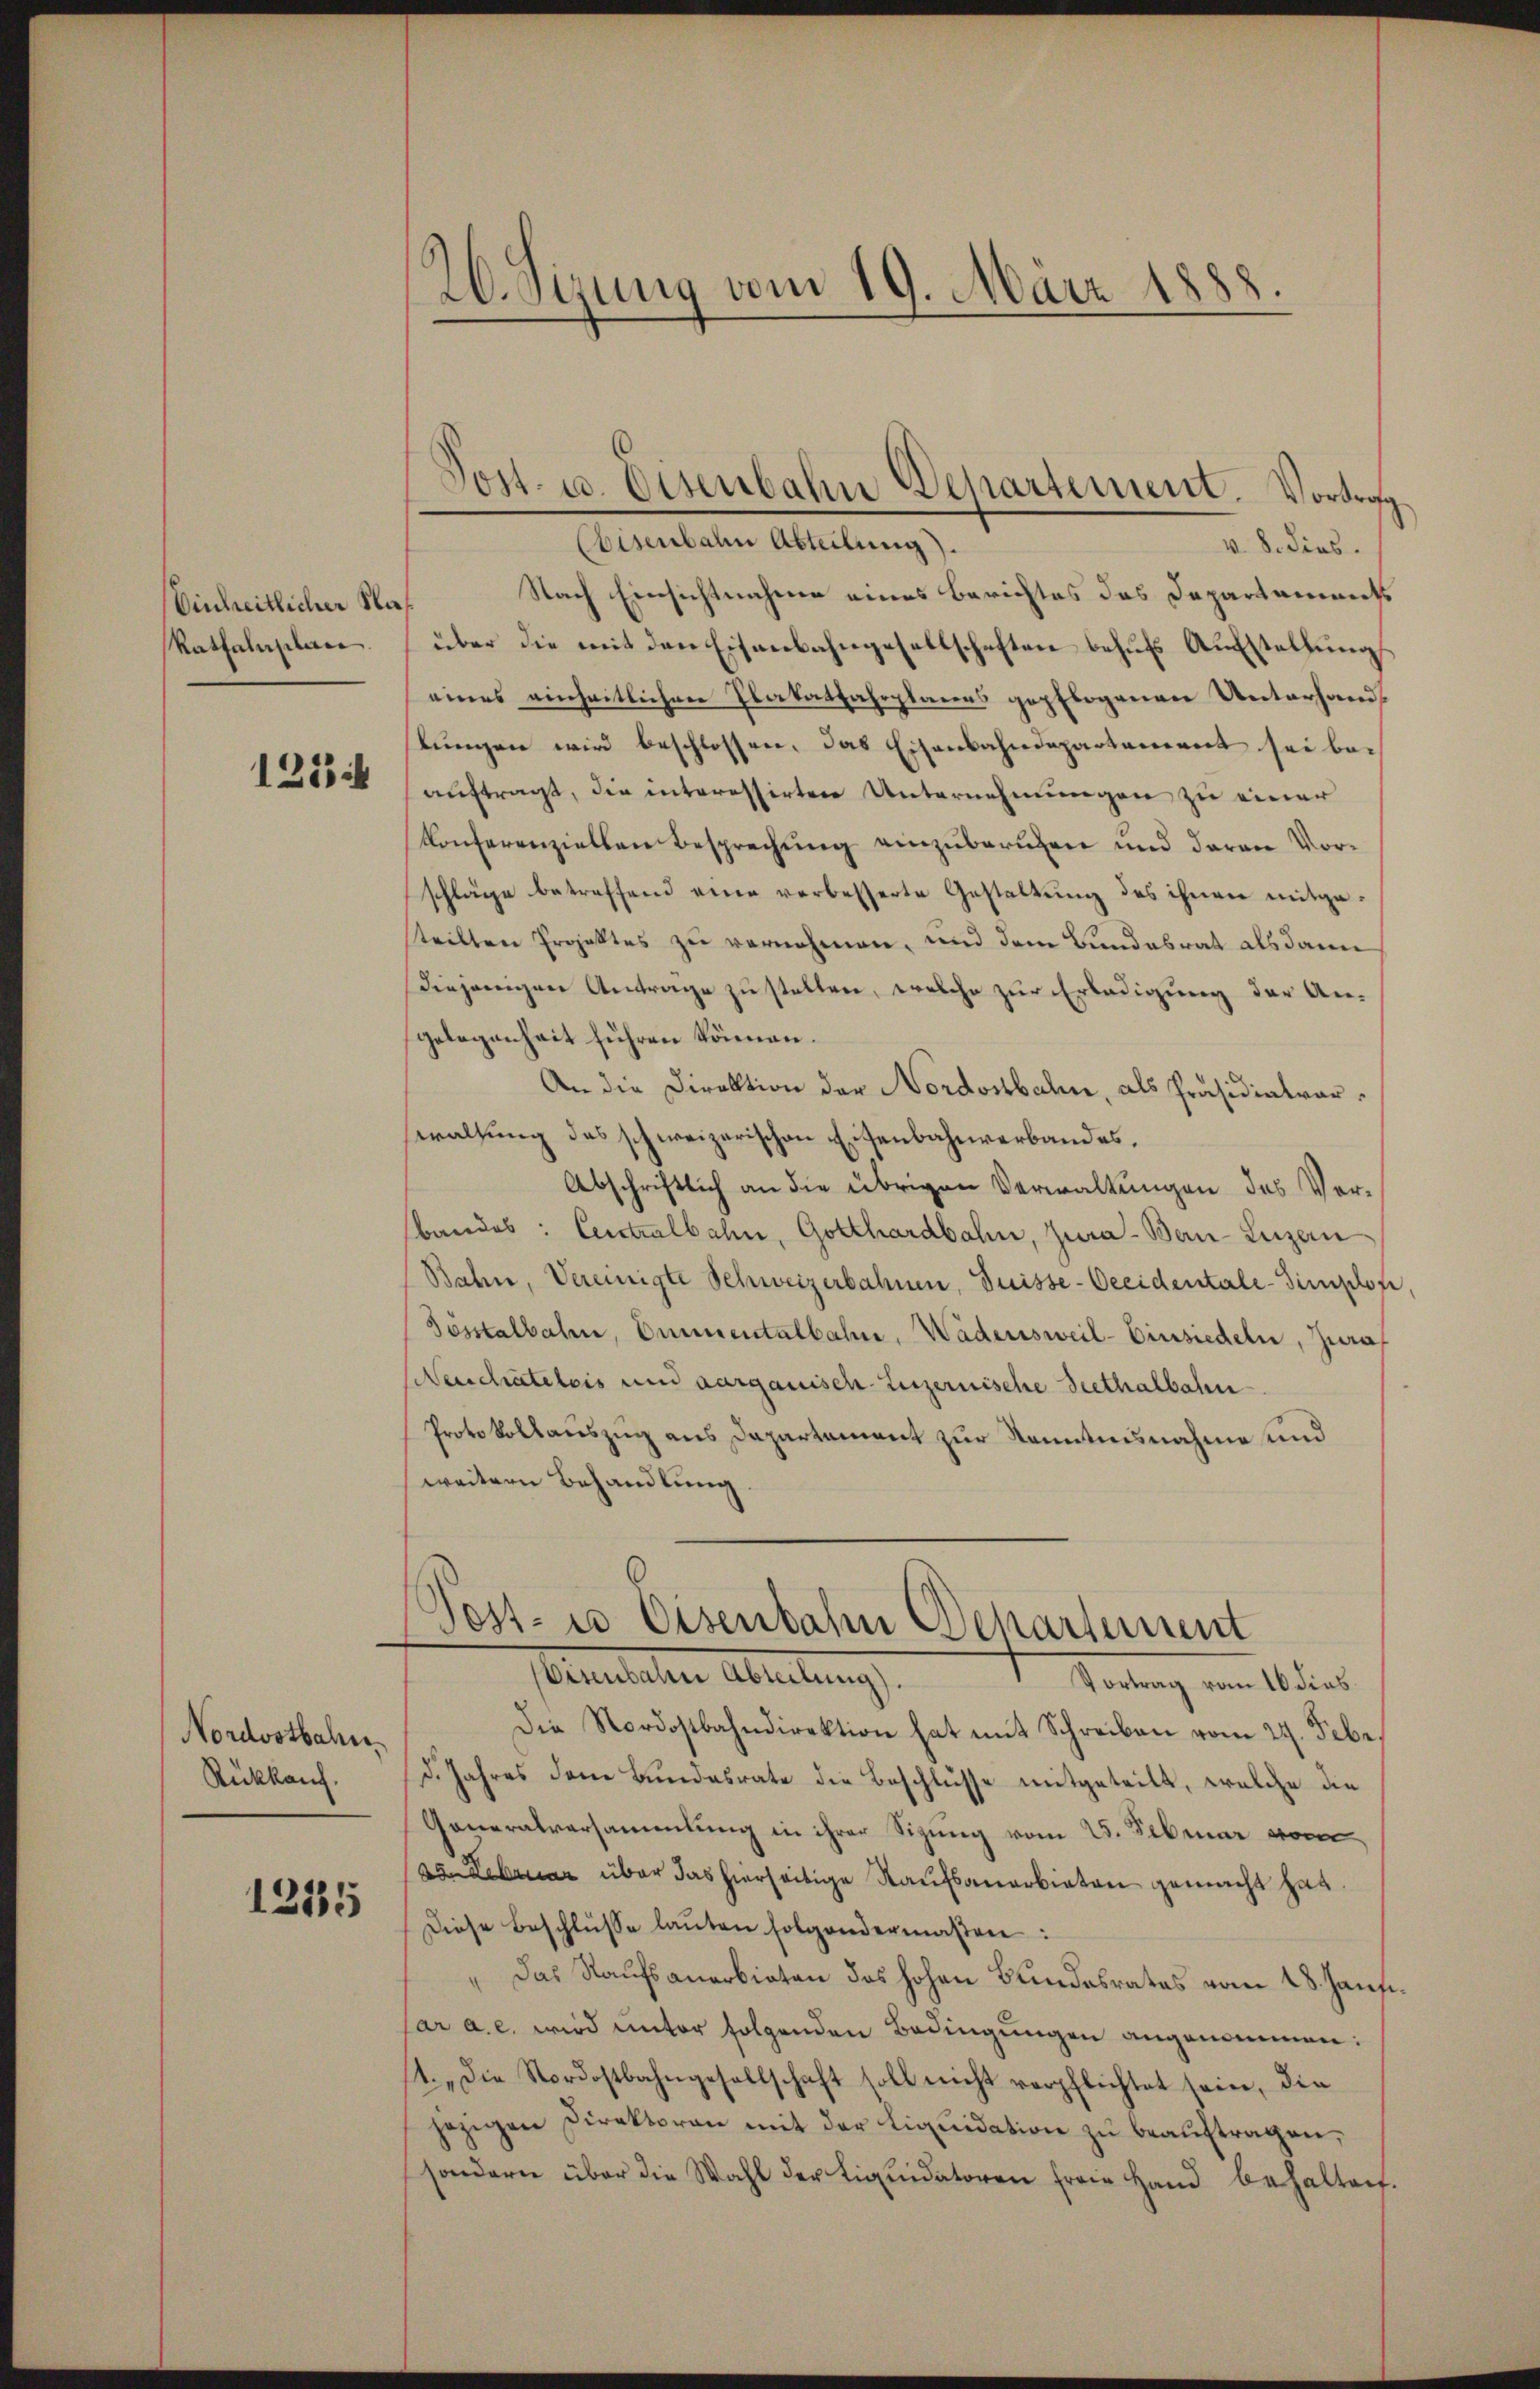
Einheitlicher Na¬
Ratfahrplace

1223 ih

Nordostbahn¬
Rückkauf.

1215

26. Sizung vom 19. März 1888

Eisenbahn Abteilung).
v. 8. dies.
Nach Einsichtnahme eines Berichtes das Departaments
über die mit den Eisenbahngesellschaften behŭfs Aŭfstellŭng
eines einheitlichen Plakatfahrplanes gepflogenen Unterhandtŭngen wird beschlossen, das Eisenbahndepartement sei be-
auftragt, die interessirten Unternehmungen zu einer
Konferenziellen Besprechung einzuberuhen und daran Vorschläge betreffend eine verbesserte Gestaltung des ihnen mitgeteilten Projektes zu vernehmen, und dem Bundesrat als dane
Diejenigen Antrage zu stellen, welche zur Erledigung der An-
gelegenheit führen können.
An die Direktion der Nordostbahn, als Präsidiatarwaltung des schweizerischen Eisenbahnverbandes,
Abschriftlich an die übrigen Verwaltungen des Verbandes: Centralbahn, Gotthardbahn, Jura - Bau-Luzern
Bahn, Vereinigte Schweizerbahnen, Duisse-Oeeidentale-Timischon
Töstalbahn, Emmentalbahn, Wädensweil- Einsiedeln, Jura,
Neuchateleis und Aargauisch-Luzernische Seethalbahn
Protokollauszug aus Dapartement zur Kenntnisnahme und
weitern Behandlung
Post- u Eisenbahn Departement
Wisenbahn Abteilung).
 Portung vom 16 dies
Die Nordostbahndirektion hat mit Schreiben vom 24. Febr.
d. Jahres dem Bundesrate die Beschlüsse mitgeteilt, welche die
Generalversammlung in ihrer Sigung vom 25. Februar vo
von Februar über das hierseitige Kaufsanerbieten gemacht hat.
Diese Beschlüsse laŭten folgendermaßen:
„Das Kaufsanerbieten das hohen Bundesrates vom 28. Jans¬
Par a. c. wird unter folgenden Bedingungen angenommen:
1. „Die Nordostbahngesellschaft soll nicht verpflichtet sein, die
jezigen Direktoren mit der Liquidation zu beauftragen,
sondern über die Wahl der Liqŭidatoren freie Hand behalten.

Post. u. Eisenbahn Departement. Vortrag